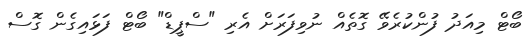
ބޯޓް މިއަދު ފުންކުރެވޭ ގޮތެއް ނުވިފަރަށް އެރި "ސްޕީޑް" ބޯޓް ފަޅައިގެން ގޮސް